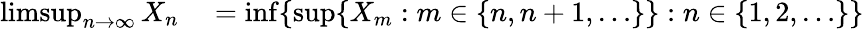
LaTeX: \begin{array}{rl}{\operatorname*{limsup}_{n\to\infty}X_{n}}&{{}=\operatorname*{inf}\{ \operatorname*{sup}\{ X_{m}:m\in\{ n,n+1,\ldots\} \} :n\in\{ 1,2,\dots\} \} }\end{array}